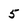
Character: 5